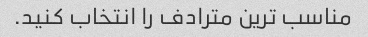
مناسب ترین مترادف را انتخاب کنید.